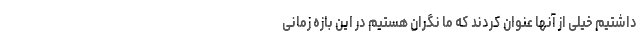
داشتیم خیلی از آنها عنوان کردند که ما نگران هستیم در این بازه زمانی